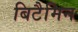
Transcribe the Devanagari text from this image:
बिटैमिन